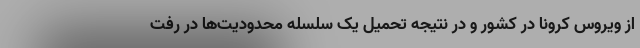
از ویروس کرونا در کشور و در نتیجه تحمیل یک سلسله محدودیت‌ها در رفت